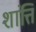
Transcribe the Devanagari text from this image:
शांत्ति